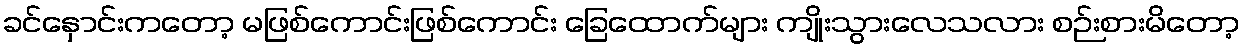
ခင်နှောင်းကတော့ မဖြစ်ကောင်းဖြစ်ကောင်း ခြေထောက်များ ကျိုးသွားလေသလား စဉ်းစားမိတော့